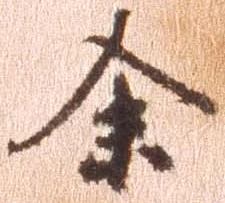
余